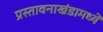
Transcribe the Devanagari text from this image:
प्रस्तावनाखंडामध्यें